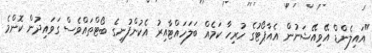
"އައިލެންޑް އޭވިއޭޝަނުން އެއާޕޯޓުގެ ހުރިހާ ކަމެއް ބަލަހައްޓާއިރު އެކުންފުނީގެ ބޯޓްތައްވެސް ގަވައިދުން ކޮންމެ